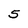
Character: 5